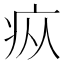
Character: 疭